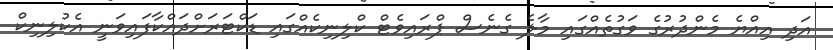
އަދި އިއްޔެ މެންދުރުގެ ވަގުތެއްގައި މާލެ ގެނެސް ޕްރައިވެޓް ކްލިނިކެއްގައި ޑަކްޓަރަށްދައްކާފައިވަނީ އެކުލިނިކް